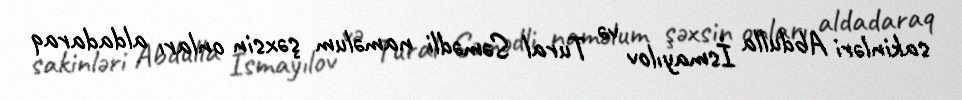
sakinləri Abdulla İsmayılov və Tural Səmədli naməlum şəxsin onları aldadaraq